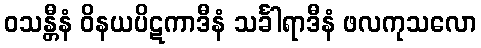
ဝသန္တီနံ ဝိနယပိဋကာဒီနံ သင်္ခါရာဒီနံ ဖလကုသလော